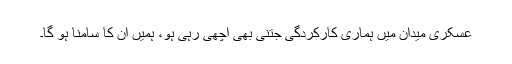
عسکری میدان میں ہماری کارکردگی جتنی بھی اچھی رہی ہو، ہمیں ان کا سامنا ہو گا۔